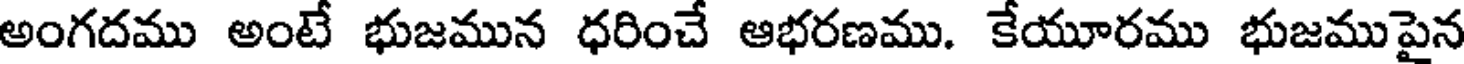
అంగదము అంటే భుజమున ధరించే ఆభరణము. కేయూరము భుజముపైన